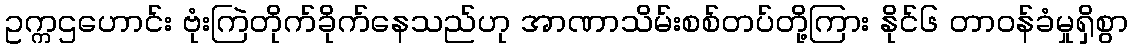
ဥက္ကဌဟောင်း ဗုံးကြဲတိုက်ခိုက်နေသည်ဟု အာဏာသိမ်းစစ်တပ်တို့ကြား နိုင်၆ တာဝန်ခံမှုရှိစွာ